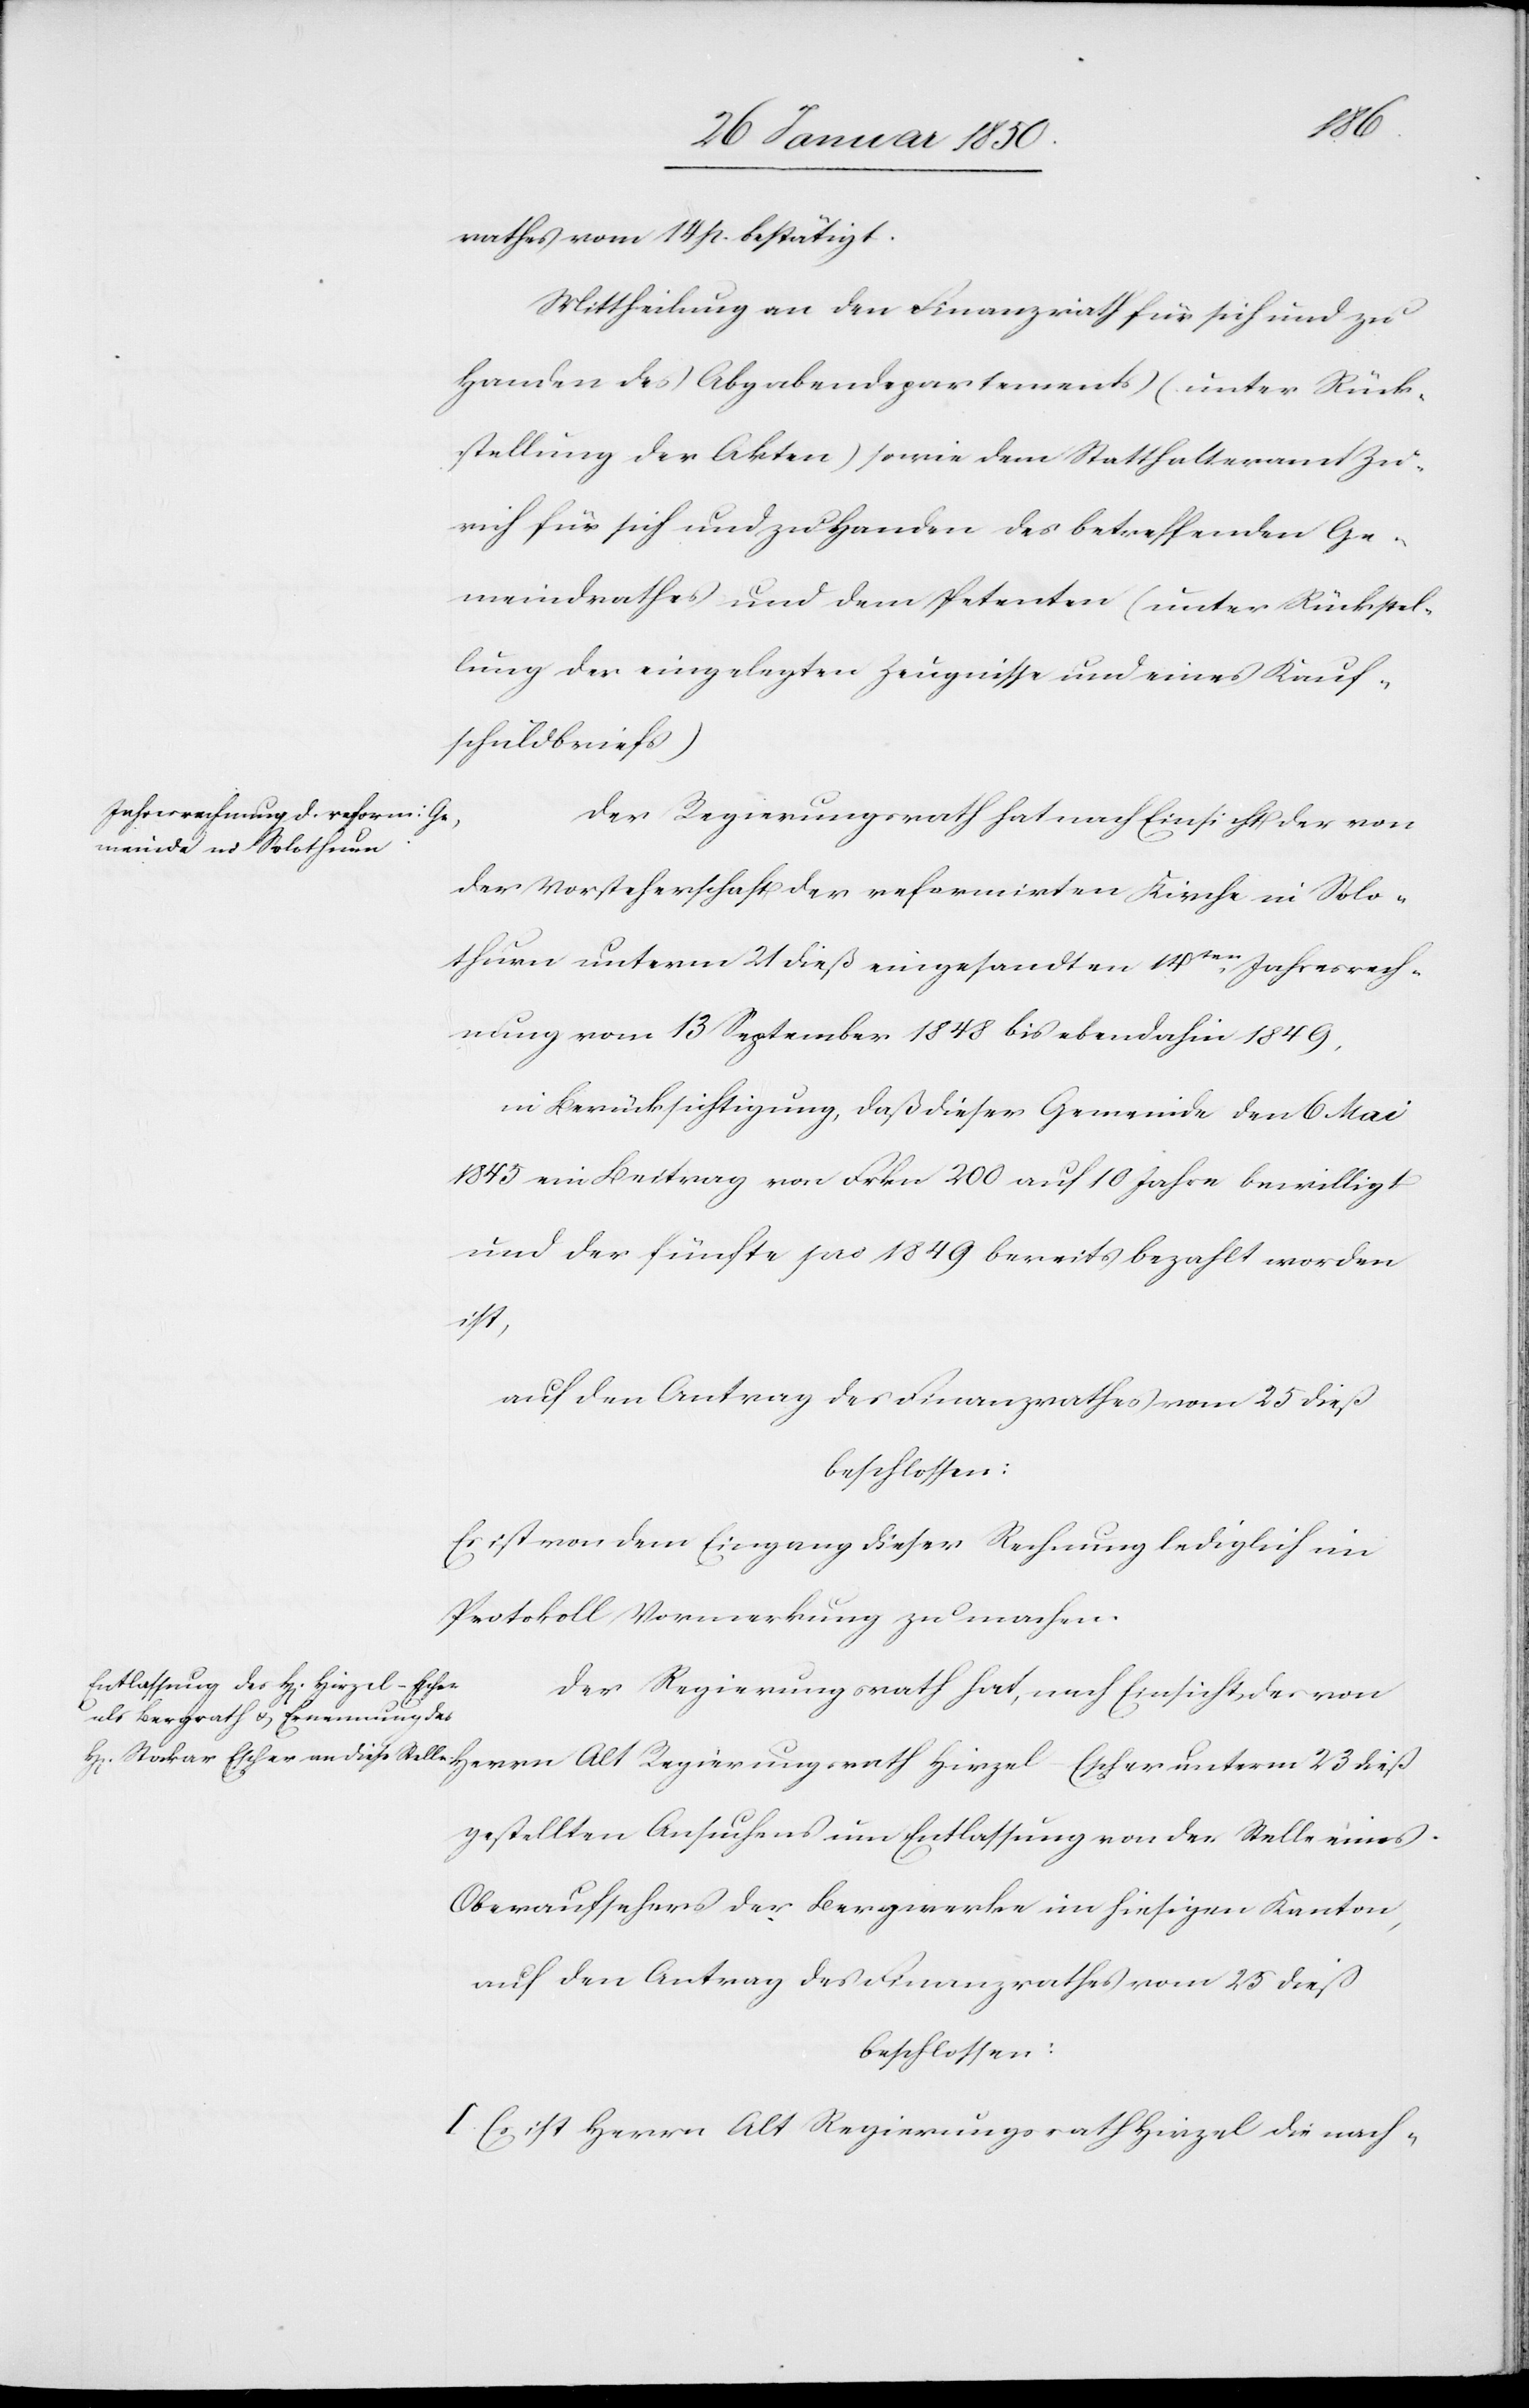
dieß
rathes vom 14 p. bestätigt.
Mittheilung an den Finanzrath für sich und zu
Handen des Abgabendepartements (unter Rück¬
stellung der Akten) sowie dem Statthalteramt Zü¬
rich für sich und zu Handen des betreffenden Ge¬
meindrathes und dem Petenten (unter Rückstel¬
lung der eingelegten Zeugnisse und eines Kauf¬
schuldbriefs)
Der Regierungsrath hat nach Einsicht der von
der Vorsteherschaft der reformirten Kirche in Solo¬
thurn unterm 21 dieß eingesandten 14ten Jahresrech¬
nung vom 13 September 1848 bis ebendahin 1849,
in Berücksichtigung, daß dieser Gemeinde den 6 Mai
1845 ein Beitrag von Frkn 200 auf 10 Jahre bewilligt
und der fünfte pro 1849 bereits bezahlt worden
ist,
auf den Antrag des Finanzrathes vom 25 dieß
beschlossen:
Es ist von dem Eingang dieser Rechnung lediglich im
Protokoll Vormerkung zu machen.
Der Regierungsrath hat, nach Einsicht des von
gestellten Ansuchens um Entlassung von der Stelle eines
Oberaufsehers der Bergwerke im hiesigen Kanton,
auf den Antrag des Finanzrathes vom 25 dieß
beschlossen:
I. Es ist Herrn Alt Regierungsrath Hirzel die nach-